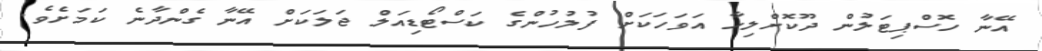
އޭނާ ހޮސްޕިޓަލުން ދޫކޮށްލިހާ އަވަހަކަށް ފުލުހުންގެ ކަސްޓޯޑިއަލް ޖަލަކަށް އޭނާ ގެންދާނެ ކަމަށެވެ.